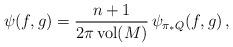
LaTeX: \begin{align*}\psi(f,g) = \frac{n+1}{2\pi \,\mathrm{vol}(M)} \,\psi_{\pi_*Q}(f,g)\,,\\\end{align*}